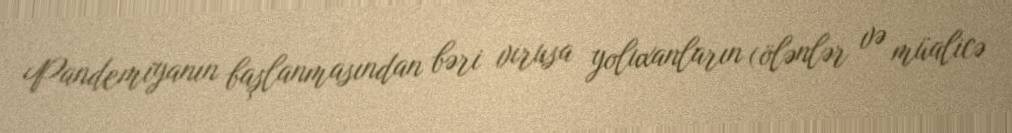
Pandemiyanın başlanmasından bəri virusa yoluxanların (ölənlər və müalicə